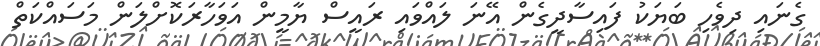
ގެނައި ދިވެހި ބަޔަކު ފައިސާދީގެން އޭނަ ލައްވައި ރައީސް ޔާމީން އަވަހާރަކޮށްލަން މަސައްކަތް